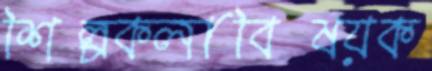
শিল্পকলাবিষয়ক